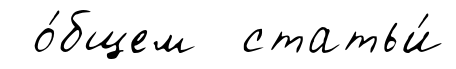
о́бщем статьи́